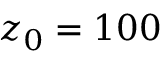
z _ { 0 } = 1 0 0